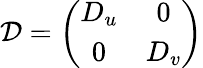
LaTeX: {\cal{D}}=\left(\begin{array}{cc}{{D_{u}}}&{{0}}\\ {{0}}&{{D_{v}}}\end{array}\right)